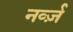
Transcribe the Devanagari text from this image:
नर्व्ज़